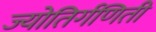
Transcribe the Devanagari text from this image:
ज्योतिर्गणिती